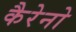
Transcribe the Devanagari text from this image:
कैरेनो